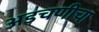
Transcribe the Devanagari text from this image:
अडचणीचा